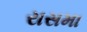
રાસમા